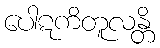
ပေါဋကိတူလန္တိ